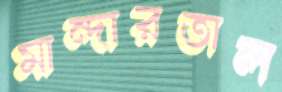
মান্দারতাল